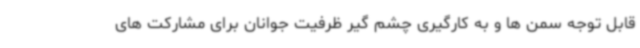
قابل توجه سمن ها و به کارگیری چشم گیر ظرفیت جوانان برای مشارکت های